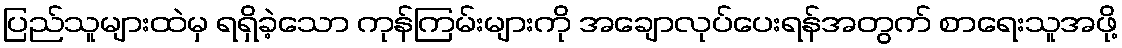
ပြည်သူများထဲမှ ရရှိခဲ့သော ကုန်ကြမ်းများကို အချောလုပ်ပေးရန်အတွက် စာရေးသူအဖို့